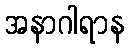
အနာဂါရာန